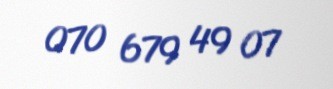
070 679 49 07